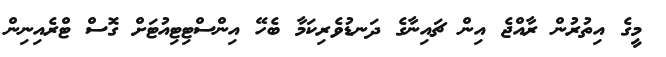
މީގެ އިތުރުން ރާއްޖެ އިން ޗައިނާގެ ދަނޑުވެރިކަމާ ބެހޭ އިންސްޓިޓިއުޓަށް ގޮސް ޓްރެއިނިން